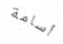
أسامة